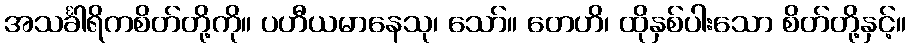
အသင်္ခါရိကစိတ်တို့ကို။ ပဟီယမာနေသု၊ သော်။ တေဟိ၊ ထိုနှစ်ပါးသော စိတ်တို့နှင့်။